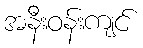
အနီးဝန်းကျင်